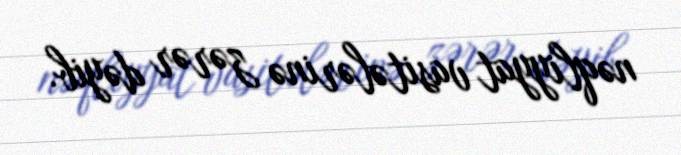
nəqliyyat vasitələrinə zərər dəyib.